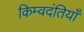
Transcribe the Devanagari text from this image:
किम्वदंतियाँ